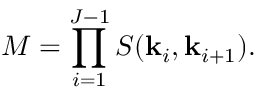
M = \prod _ { i = 1 } ^ { J - 1 } S ( \mathbf { k } _ { i } , \mathbf { k } _ { i + 1 } ) .